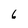
Character: 6